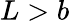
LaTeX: L>b